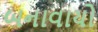
બનાવાયો